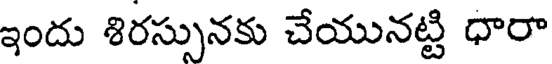
ఇందు శిరస్సునకు చేయునట్టి ధారా